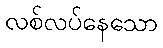
လစ်လပ်နေသော